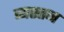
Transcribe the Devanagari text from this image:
व्यस्तन